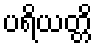
ပရိယတ္တိ